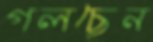
গলছেন